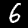
Digit: 6